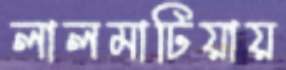
লালমাটিয়ায়